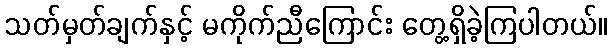
သတ်မှတ်ချက်နှင့် မကိုက်ညီကြောင်း တွေ့ရှိခဲ့ကြပါတယ်။